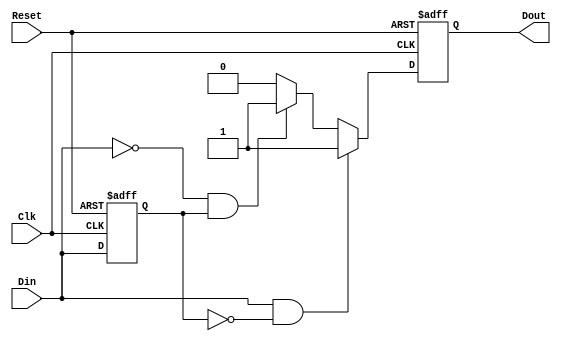
module edge_detector (
    input wire Din,       // Signal Input
    input wire Clk,      // Clock
    input wire Reset,     // Asynchronous Reset
    output reg Dout       // Edge Detected Signal
);

reg previous_state;      // Register to hold the previous state of Din

// Always block for edge detection and state updating
always @(posedge Clk or posedge Reset) begin
    if (Reset) begin
        previous_state <= 1'b0; // Initialize previous state to low on reset
        Dout <= 1'b0;            // Clear Dout on reset
    end else begin
        // Edge detection logic
        if (Din && !previous_state) begin
            Dout <= 1'b1;        // Rising edge detected
        end else if (!Din && previous_state) begin
            Dout <= 1'b1;        // Falling edge detected
        end else begin
            Dout <= 1'b0;        // No edge detected
        end
        
        // Update the previous state to current state
        previous_state <= Din;
    end
end

endmodule